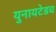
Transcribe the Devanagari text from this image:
युनायटेडच